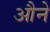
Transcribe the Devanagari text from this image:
औने